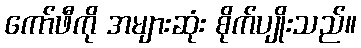
ကော်ဖီကို အများဆုံး စိုက်ပျိုးသည်။